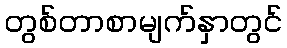
တွစ်တာစာမျက်နှာတွင်